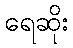
ရေဆိုး